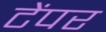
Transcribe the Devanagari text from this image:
टेंपर